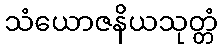
သံယောဇနိယသုတ္တံ